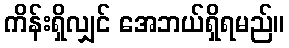
ကိန်းရှိလျှင် အေဘယ်ရှိရမည်။